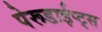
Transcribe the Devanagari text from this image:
पेरूडाईप्ट्स